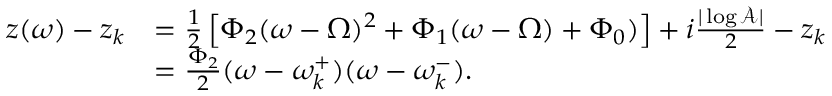
\begin{array} { r l } { z ( \omega ) - z _ { k } } & { = \frac { 1 } { 2 } \left[ \Phi _ { 2 } ( \omega - \Omega ) ^ { 2 } + \Phi _ { 1 } ( \omega - \Omega ) + \Phi _ { 0 } ) \right] + i \frac { | \log \mathcal { A } | } { 2 } - z _ { k } } \\ & { = \frac { \Phi _ { 2 } } { 2 } ( \omega - \omega _ { k } ^ { + } ) ( \omega - \omega _ { k } ^ { - } ) . } \end{array}